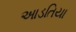
આડતિયા